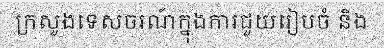
ក្រសួងទេសចរណ៍ក្នុងការជួយរៀបចំ និង